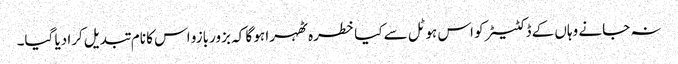
نہ جانے وہاں کے ڈکٹیٹر کو اس ہوٹل سے کیا خطرہ ٹھہرا ہو گا کہ بزوربازو اس کا نام تبدیل کرا دیا گیا۔